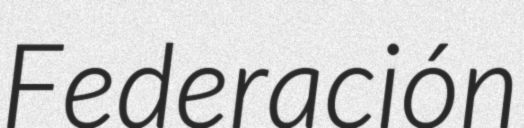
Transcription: Federación